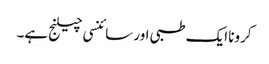
کرونا ایک طبی اور سائنسی چیلنج ہے۔